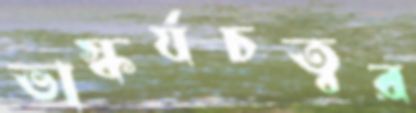
ভাস্কর্যচত্বর